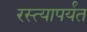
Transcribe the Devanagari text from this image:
रस्त्यापर्यंत